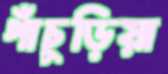
পাঁচুড়িয়া